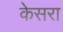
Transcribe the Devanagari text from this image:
केसरा